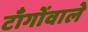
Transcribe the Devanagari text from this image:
टाँगोंवाले